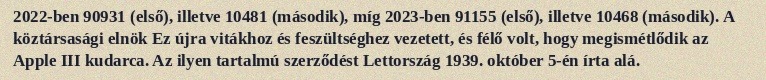
2022-ben 90931 (első), illetve 10481 (második), míg 2023-ben 91155 (első), illetve 10468 (második). A köztársasági elnök Ez újra vitákhoz és feszültséghez vezetett, és félő volt, hogy megismétlődik az Apple III kudarca. Az ilyen tartalmú szerződést Lettország 1939. október 5-én írta alá.